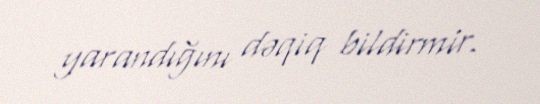
yarandığını dəqiq bildirmir.